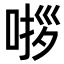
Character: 𭈵